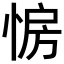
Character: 𢛷